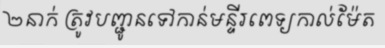
២នាក់ ត្រូវបញ្ជូនទៅកាន់មន្ទីរពេទ្យកាល់ម៉ែត